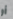
أو